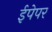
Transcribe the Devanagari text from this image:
ईपेपर